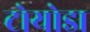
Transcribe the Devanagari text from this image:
टोयोडा